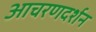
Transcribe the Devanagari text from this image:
आचरणदर्शन